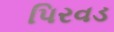
પિરવડ